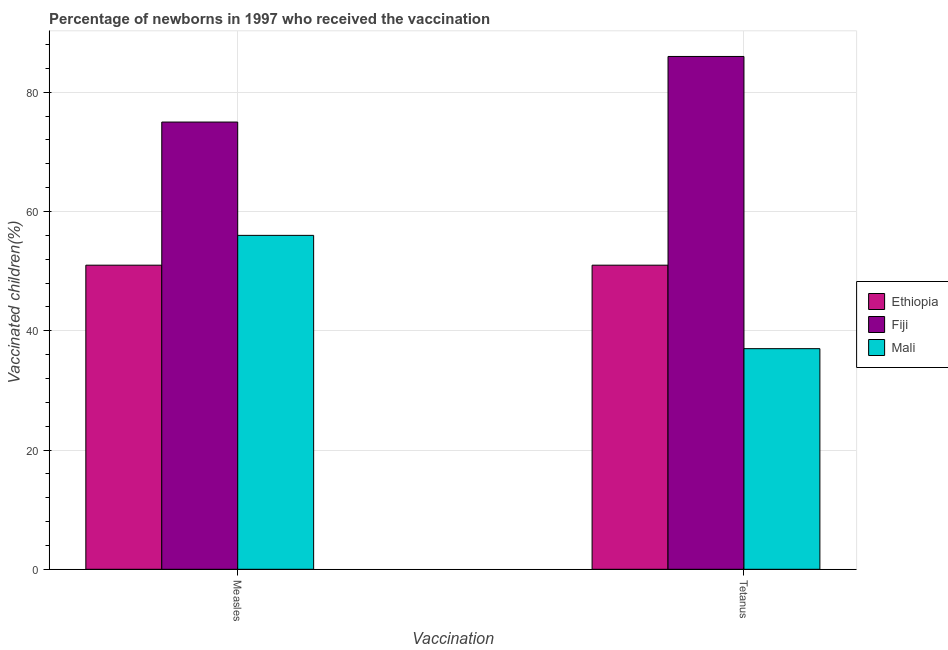
| Vaccination | Ethiopia | Fiji | Mali |
 | --- | --- | --- | --- |
 | Measles | 51 | 75 | 56 |
 | Tetanus | 51 | 86 | 37 |